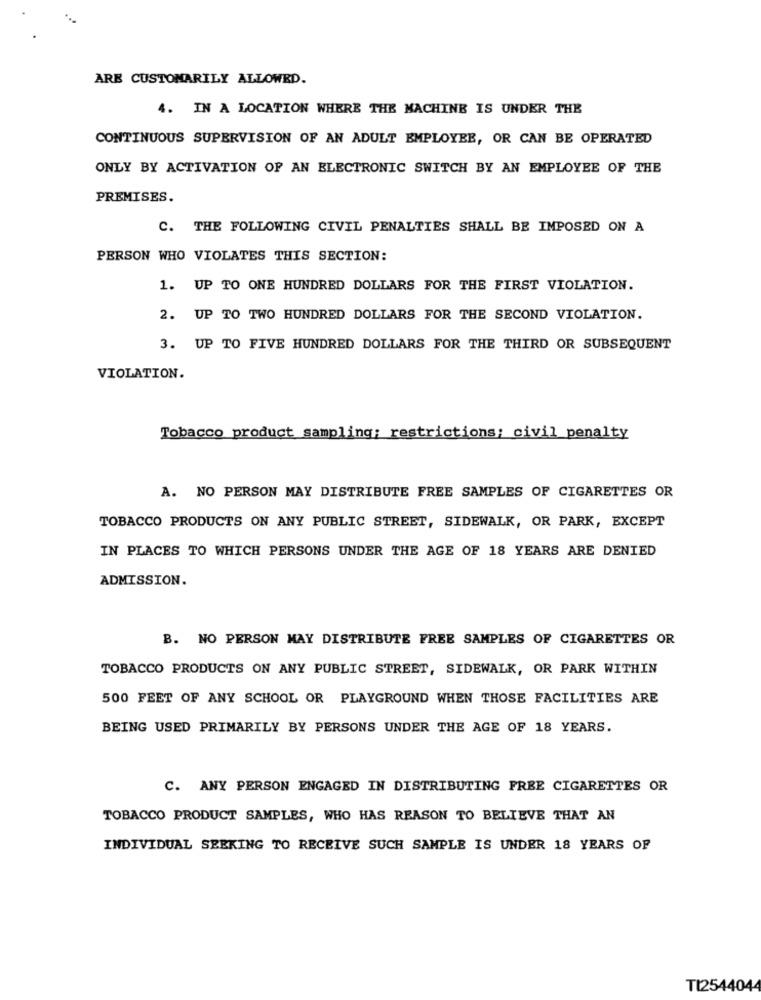
ARE CUSTOMARILY ALLOWED.
4. IN A LOCATION WHERE THE MACHINE IS UNDER THE
CONTINUOUS SUPERVISION OF AN ADULT EMPLOYEE, OR CAN BE OPERATED
ONLY BY ACTIVATION OF AN ELECTRONIC SWITCH BY AN EMPLOYEE OF THE
PREMISES.
C. THE FOLLOWING CIVIL PENALTIES SHALL BE IMPOSED ON A
PERSON WHO VIOLATES THIS SECTION:
1. UP TO ONE HUNDRED DOLLARS FOR THE FIRST VIOLATION.
2. UP TO TWO HUNDRED DOLLARS FOR THE SECOND VIOLATION.
3. UP TO FIVE HUNDRED DOLLARS FOR THE THIRD OR SUBSEQUENT
VIOLATION.
Tobacco product sampling; restrictions; civil penalty
A. NO PERSON MAY DISTRIBUTE FREE SAMPLES OF CIGARETTES OR
TOBACCO PRODUCTS ON ANY PUBLIC STREET, SIDEWALK, OR PARK, EXCEPT
IN PLACES TO WHICH PERSONS UNDER THE AGE OF 18 YEARS ARE DENIED
ADMISSION.
B. NO PERSON MAY DISTRIBUTE FREE SAMPLES OF CIGARETTES OR
TOBACCO PRODUCTS ON ANY PUBLIC STREET, SIDEWALK, OR PARK WITHIN
500 FEET OF ANY SCHOOL OR PLAYGROUND WHEN THOSE FACILITIES ARE
BEING USED PRIMARILY BY PERSONS UNDER THE AGE OF 18 YEARS.
C. ANY PERSON ENGAGED IN DISTRIBUTING FREE CIGARETTES OR
TOBACCO PRODUCT SAMPLES, WHO HAS REASON TO BELIEVE THAT AN
INDIVIDUAL SEEKING TO RECEIVE SUCH SAMPLE IS UNDER 18 YEARS OF
TI2544044